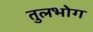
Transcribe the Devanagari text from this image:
तुलभोग